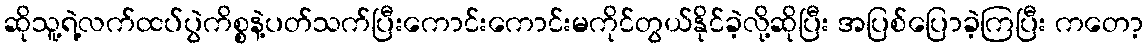
ဆိုသူ့ရဲ့လက်ထပ်ပွဲကိစ္စနဲ့ပတ်သက်ပြီးကောင်းကောင်းမကိုင်တွယ်နိုင်ခဲ့လို့ဆိုပြီး အပြစ်ပြောခဲ့ကြပြီး ကတော့